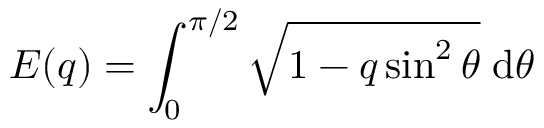
E ( q ) = \int _ { 0 } ^ { \pi / 2 } \sqrt { 1 - q \sin ^ { 2 } { \theta } } \; \mathrm { d } \theta